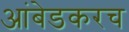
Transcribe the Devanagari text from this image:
आंबेडकरच